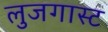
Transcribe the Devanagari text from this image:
लुजगास्ट